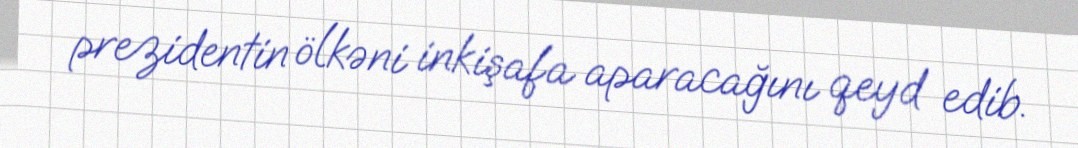
prezidentin ölkəni inkişafa aparacağını qeyd edib.